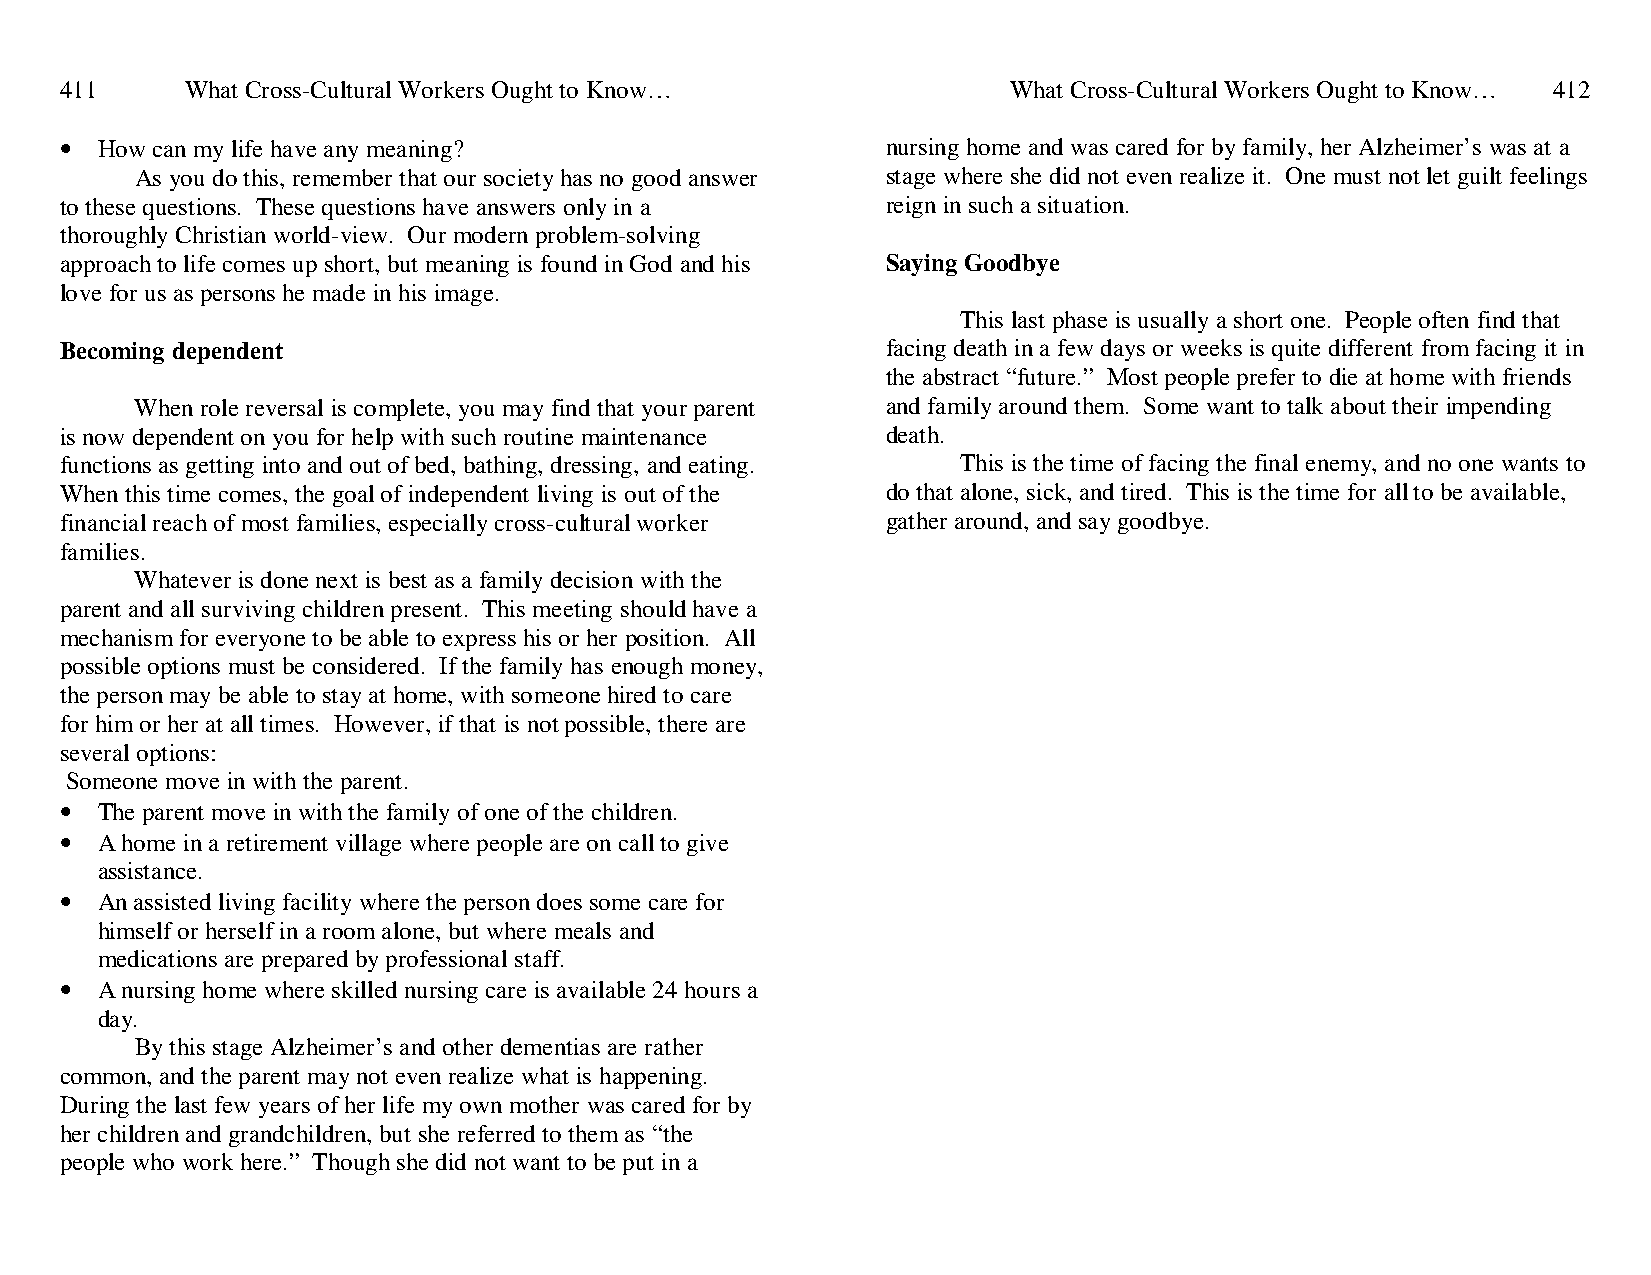
411     What Cross-Cultural Workers Ought to Know…             What Cross-Cultural Workers Ought to Know… 412
 • How can my life have any meaning?                    nursing home and was cared for by family, her Alzheimer’s was at a
 As you do this, remember that our society has no good answer stage where she did not even realize it. One must not let guilt feelings
 to these questions. These questions have answers only in a reign in such a situation.
 thoroughly Christian world-view. Our modern problem-solving
 approach to life comes up short, but meaning is found in God and his Saying Goodbye
 love for us as persons he made in his image.
 This last phase is usually a short one. People often find that
 Becoming dependent                                     facing death in a few days or weeks is quite different from facing it in
 the abstract “future.” Most people prefer to die at home with friends
 When role reversal is complete, you may find that your parent and family around them. Some want to talk about their impending
 is now dependent on you for help with such routine maintenance death.
 functions as getting into and out of bed, bathing, dressing, and eating. This is the time of facing the final enemy, and no one wants to
 When this time comes, the goal of independent living is out of the do that alone, sick, and tired. This is the time for all to be available,
 financial reach of most families, especially cross-cultural worker gather around, and say goodbye.
 families.
 Whatever is done next is best as a family decision with the
 parent and all surviving children present. This meeting should have a
 mechanism for everyone to be able to express his or her position. All
 possible options must be considered. If the family has enough money,
 the person may be able to stay at home, with someone hired to care
 for him or her at all times. However, if that is not possible, there are
 several options:
 Someone move in with the parent.
 • The parent move in with the family of one of the children.
 • A home in a retirement village where people are on call to give
 assistance.
 • An assisted living facility where the person does some care for
 himself or herself in a room alone, but where meals and
 medications are prepared by professional staff.
 • A nursing home where skilled nursing care is available 24 hours a
 day.
 By this stage Alzheimer’s and other dementias are rather
 common, and the parent may not even realize what is happening.
 During the last few years of her life my own mother was cared for by
 her children and grandchildren, but she referred to them as “the
 people who work here.” Though she did not want to be put in a